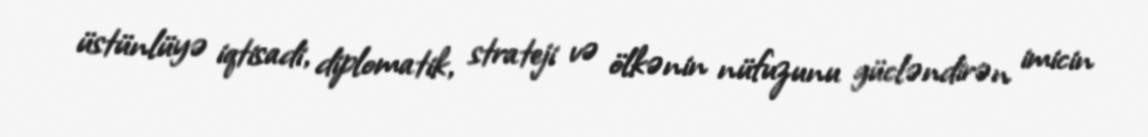
üstünlüyə iqtisadi, diplomatik, strateji və ölkənin nüfuzunu gücləndirən imicin